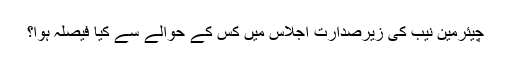
چیئرمین نیب کی زیرصدارت اجلاس میں کس کے حوالے سے کیا فیصلہ ہوا؟